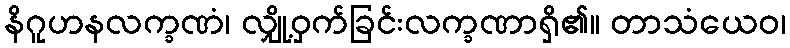
နိဂူဟနလက္ခဏံ၊ လျှို့ဝှက်ခြင်းလက္ခဏာရှိ၏။ တာသံယေဝ၊